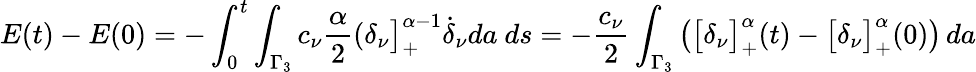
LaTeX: \displaystyle{E(t)-E(0)=-\int_{0}^{t}\int_{\Gamma_{3}}c_{\nu}\frac{\alpha}{2}(\delta_{\nu}\big]_{+}^{\alpha-1}{\dot{\delta}_{\nu}}da\ ds}=-\frac{c_{\nu}}{2}\int_{\Gamma_{3}}\big(\big[\delta_{\nu}\big]_{+}^{\alpha}(t)-\big[\delta_{\nu}\big]_{+}^{\alpha}(0)\big)\, da